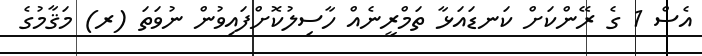
އެސް 1 ގެ ރޭންކަށް ކަނޑައަޅާ ތަމްރީނެއް ހާސިލުކޮށްފައިވުން ނުވަތަ (ރ) މަޤާމުގެ